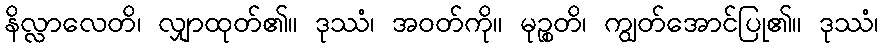
နိလ္လာလေတိ၊ လျှာထုတ်၏။ ဒုဿံ၊ အဝတ်ကို။ မုဉ္စတိ၊ ကျွတ်အောင်ပြု၏။ ဒုဿံ၊